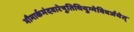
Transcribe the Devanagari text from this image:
भौमार्कमंदवारेषुतिथियुग्मेविवर्जयेत्